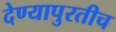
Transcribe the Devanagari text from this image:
देण्यापुरतीच